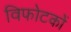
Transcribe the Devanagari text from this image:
विफोटकों